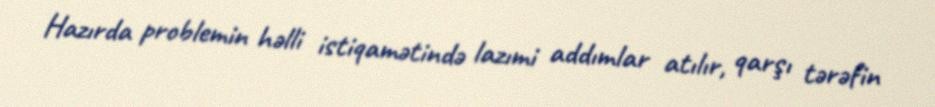
Hazırda problemin həlli istiqamətində lazımi addımlar atılır, qarşı tərəfin